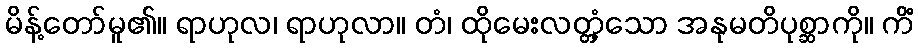
မိန့်တော်မူ၏။ ရာဟုလ၊ ရာဟုလာ။ တံ၊ ထိုမေးလတ္တံ့သော အနုမတိပုစ္ဆာကို။ ကိံ